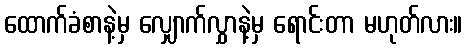
ထောက်ခံစာနဲ့မှ လျှောက်လွှာနဲ့မှ ရောင်းတာ မဟုတ်လား။